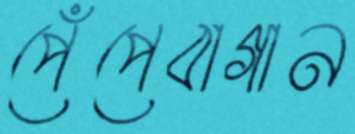
পেঁপেবাগান